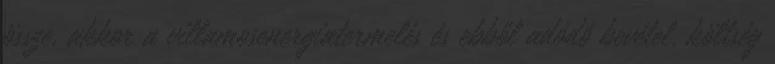
össze, akkor a villamosenergiatermelés és ebből adódó bevétel, költség